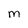
Character: M